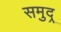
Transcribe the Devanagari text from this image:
समुद्र्